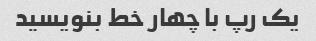
یک رپ با چهار خط بنویسید